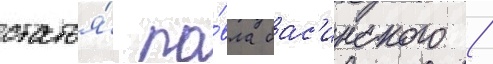
статья́ па́вла бас'инского /